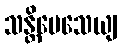
သန္တိမေသေယျ